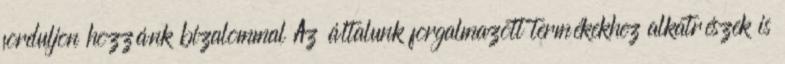
forduljon hozzánk bizalommal Az általunk forgalmazott termékekhez alkatrészek is